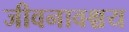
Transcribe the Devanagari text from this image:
जीवनावश्चय